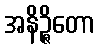
အနိဉ္ဇိတော